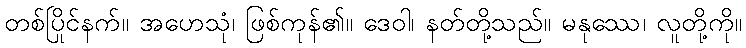
တစ်ပြိုင်နက်။ အဟေသုံ၊ ဖြစ်ကုန်၏။ ဒေဝါ၊ နတ်တို့သည်။ မနုဿေ၊ လူတို့ကို။